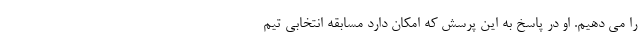
را می دهیم. او در پاسخ به این پرسش که امکان دارد مسابقه انتخابی تیم